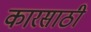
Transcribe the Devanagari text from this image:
कारसाठी